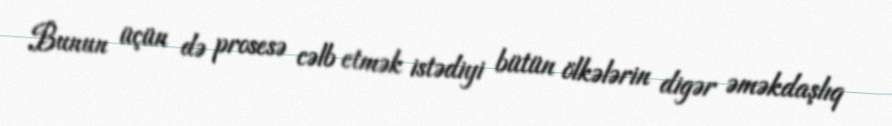
Bunun üçün də prosesə cəlb etmək istədiyi bütün ölkələrin digər əməkdaşlıq